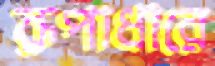
রূপাধারে